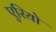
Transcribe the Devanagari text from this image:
एरियो